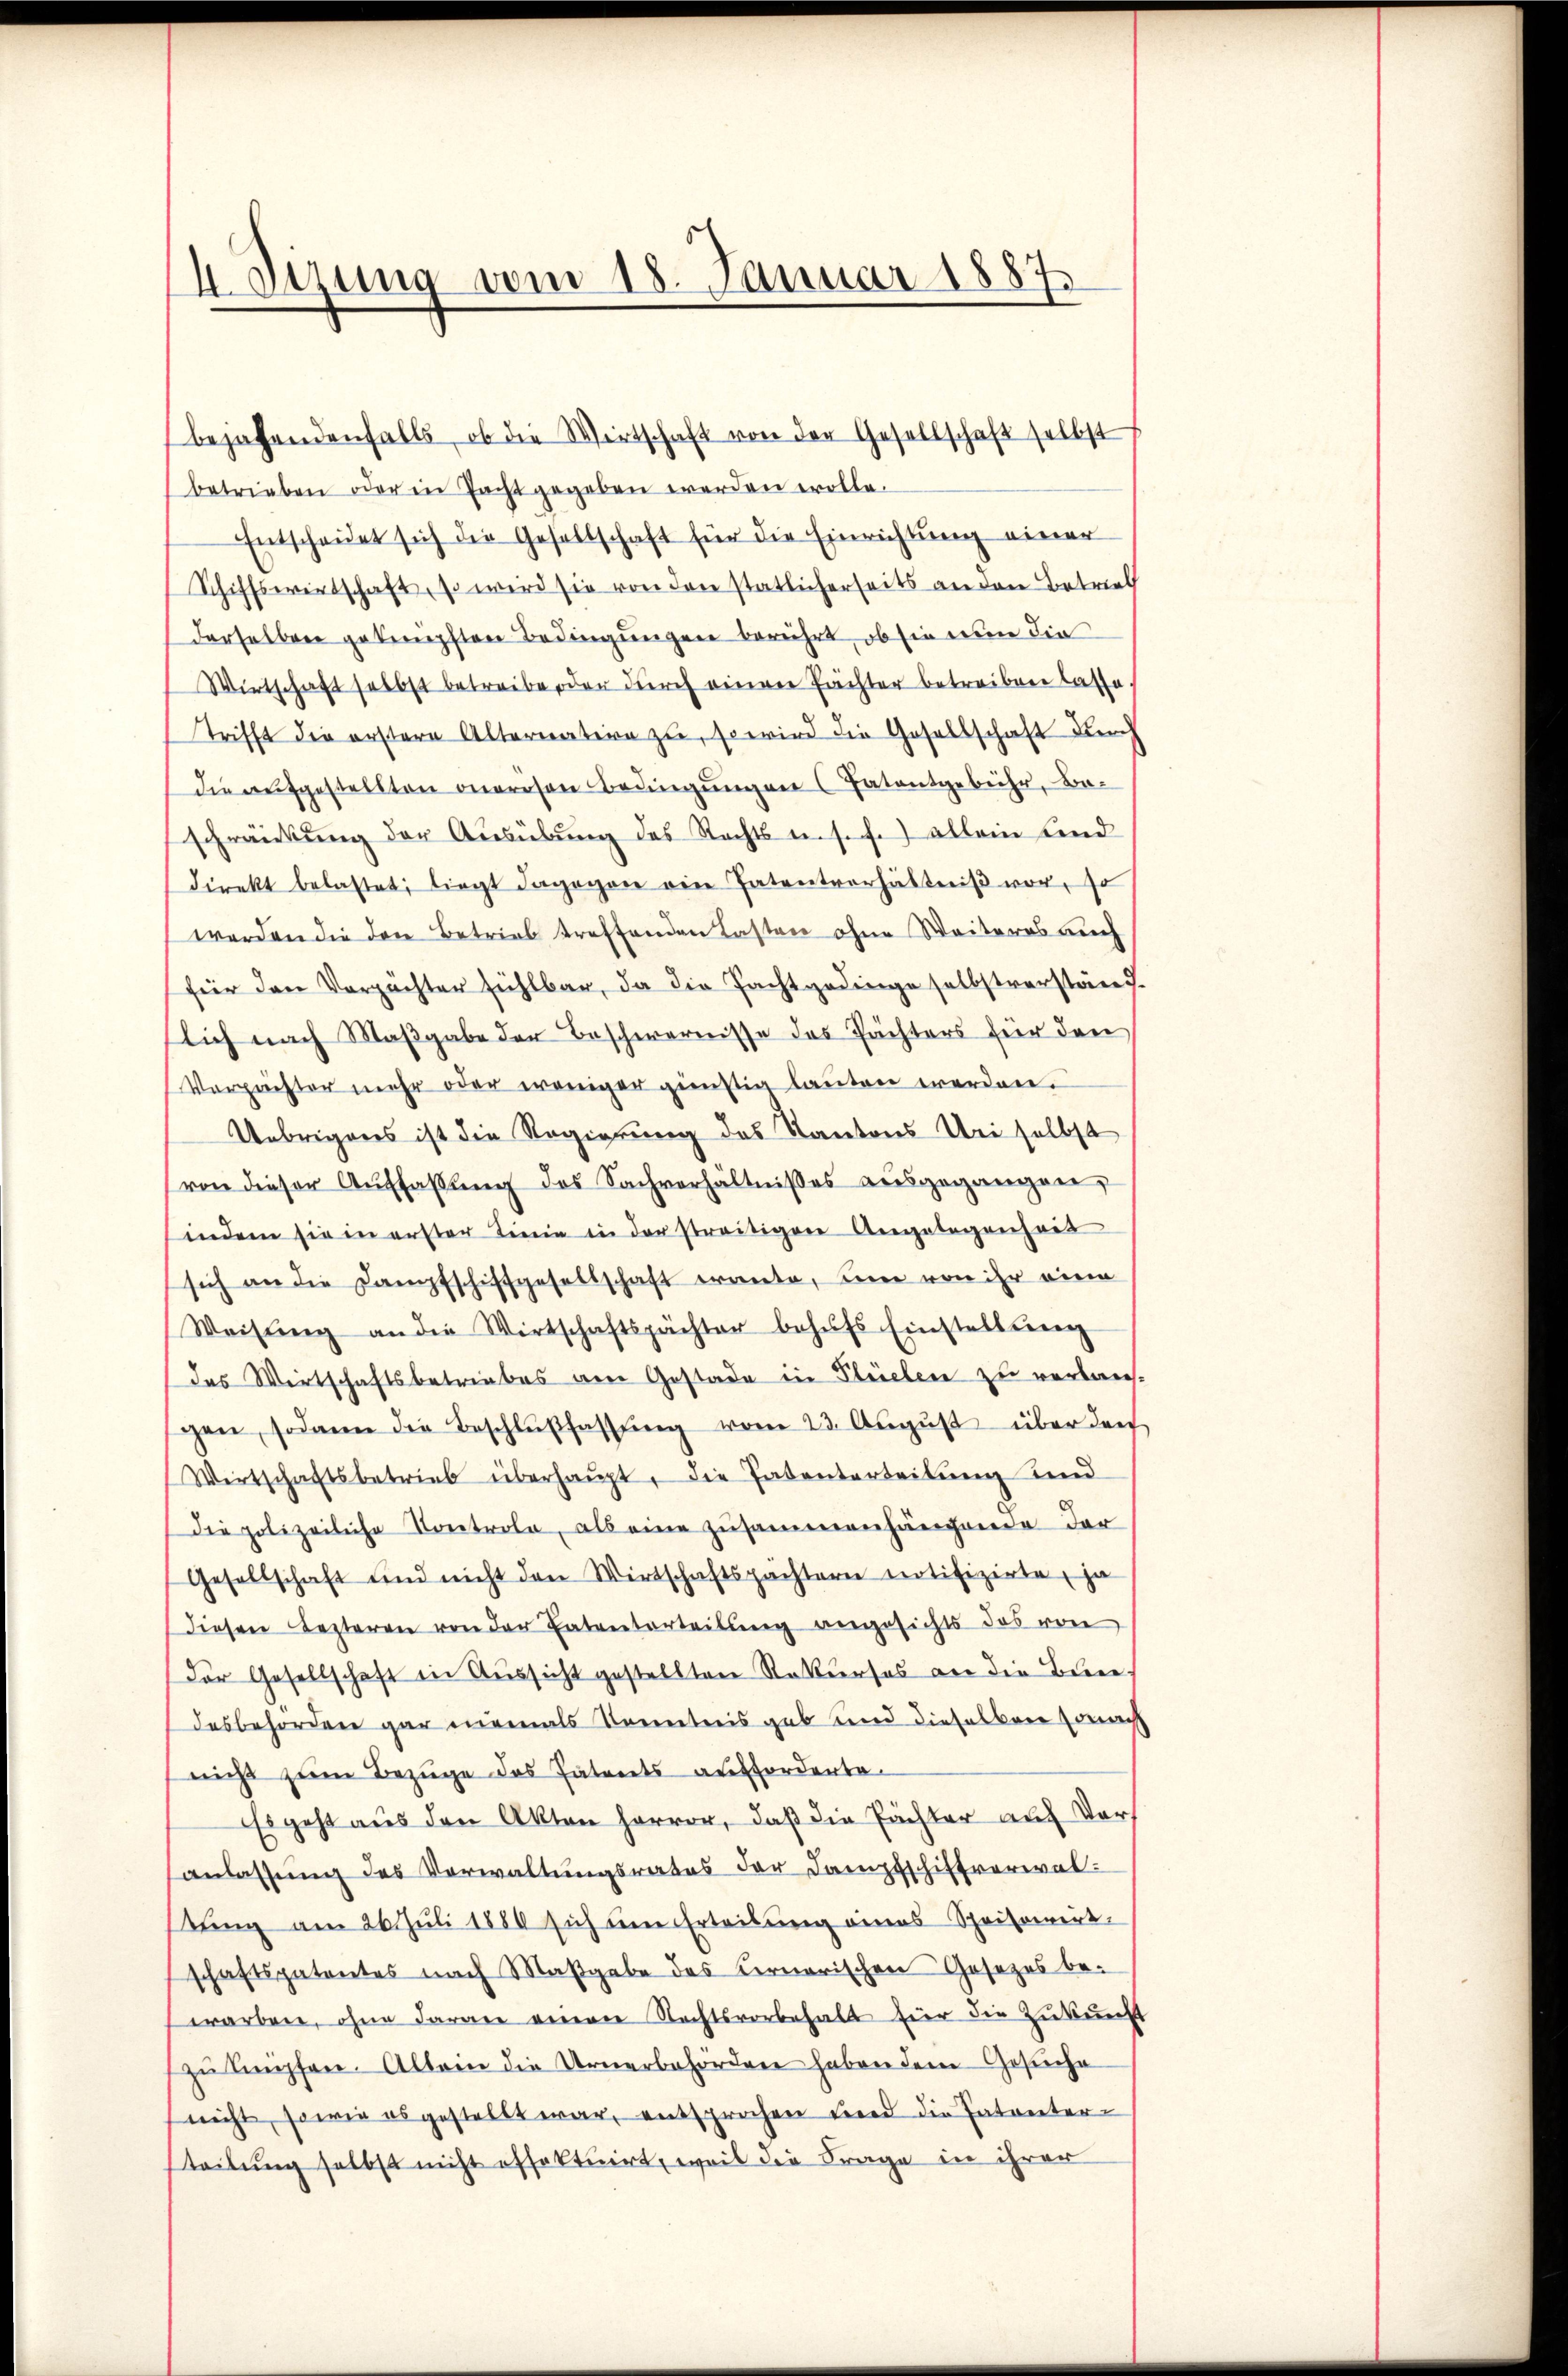
4 Sirung vom 18. Januar 1887.

bejahendenfalls, ob die Wirtschaft von der Gesellschaft selbst
betrieben oder in Pacht gegeben werden wolle.
Entscheidet sich die Gesellschaft für die Einrichtung einer
Schiffswirtschaft, so wird sie von den statlicherseits an den Betrieb
derselben geknüpften Bedingungen berührt, ob sie nun die
Wirtschaft selbst betreibe oder durch einen Pächter betreiben lasse.
Trifft die erstere Alternatern zu, so wird die Gesellschaft durch
die aufgestellten onerosen Bedingungen (Patentgebühr, Ba-
schränkung der Ausübung des Rechts u. s. f.) allein sind
direkt belastet, liegt dagegen ein Tatentverhältniβ vor, so
werden die den Betrieb treffenden Lasten ohne Weiteres auch
für den Verpachter fühlbar, da die Pachtgedinge selbstverständ
lich nach Maβgabe der Beschwernisse des Pächters für den
Verpächter mehr oder weniger günstig lauten werden.
Uebrigens ist die Regierung des Kantons Uri selbst
von dieser Aŭffassŭng des Sachverhältnisses aŭsgegangen,
indem sie in erster Linie in der streitigen Angelegenheit
sich an die Dampfschiffgesellschaft ermiete, um von ihr eine
Weisŭng an die Wirtschaftspächter behŭfs Einstaltenen
das Wirtschaftsbetriebes am Gestade in Gleichen zu verbrechgen, sodann die Beschlŭβfassŭng vom 23. Aŭgŭst über den
Wirtschaftsbetrieb überhaupt, die Ententerteilung und
die polizeiliche Kontrole, als eine Zusammenhängende der
Gesellschaft und nicht den Wirtschaftspächtern notifizirte, ja
diesen Lezteren von der Ententerteilung angesichts das von
Der Gesellschaft in Aussicht gestellten Rekurses an die Berne
desbehörden gar niemals Kometris gab und dieselben sonach
nicht zŭm Bezüge des Patents aufforderta¬
Es geht aus den Akten hervor, daß die Pächter auf Voranlassung des Verwaltungsrates der Dampfschiftverwal-
stung am 26. Juli 1880 sich um Erteilung eines Schritaerirt.
schaftspatentes nach Maβgabe des Kernerischen Gesezes be-
warben, ohne daran einen Rechtsvorbehalt für die Zukunft
zu knüpfen. Allein die Urnerbehörden haben dem Gesuche
(nicht, sowie es gestellt war, entsprochen und die Patenter-
teilung selbst nicht effektuirt, weil die Frage in ihrer